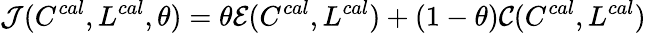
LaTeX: \mathcal{J}(C^{cal},L^{cal},\theta)=\theta\mathcal{E}(C^{cal},L^{cal})+(1-\theta)\mathcal{C}(C^{cal},L^{cal})